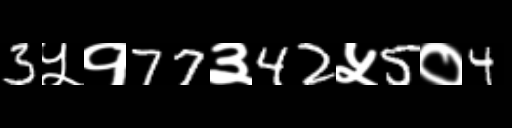
Text: 3५१77३42५5०4